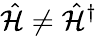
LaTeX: \hat{\mathcal{H}}\neq\hat{\mathcal{H}}^{\dagger}